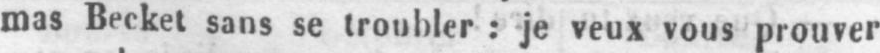
mas Becket sans se troubler: je veux vous prouver